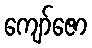
ကျော်ဇော